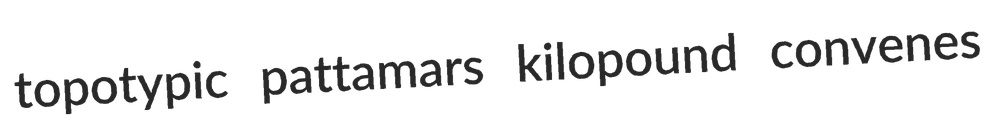
topotypic pattamars kilopound convenes